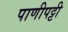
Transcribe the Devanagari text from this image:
पाणीपट्टी